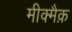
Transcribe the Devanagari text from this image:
मीक्मैक़